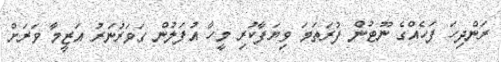
ރަންދިހަ ފަހެއްގެ ނޫޓުން ފުރަތަމަ ވިޔަފާކުރި މީހާ އުފަލުން ގަވަރުނަރު އަޒީމާ ވަރަށް